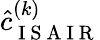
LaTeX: \hat{c}_{\mathrm{~I~S~A~I~R~}}^{(k)}